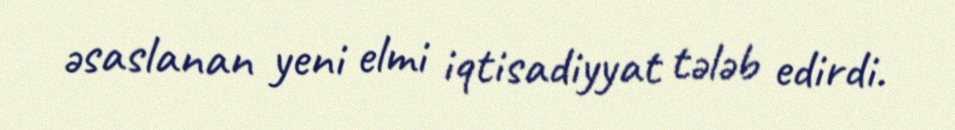
əsaslanan yeni elmi iqtisadiyyat tələb edirdi.